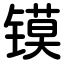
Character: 镆